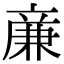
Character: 亷